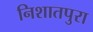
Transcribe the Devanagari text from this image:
निशातपुरा